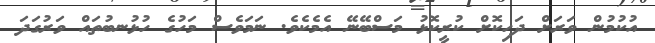
އުކުމުން ވަރަށް ދަހިކޮށް ކުރީކޮޅު މަސްބޭނޭ އެމެކެވެ. ނަމަވެސް މަހުގެ ހުޅުނބުތައް ވަރުގަދަ